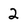
Character: 2